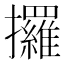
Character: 攞